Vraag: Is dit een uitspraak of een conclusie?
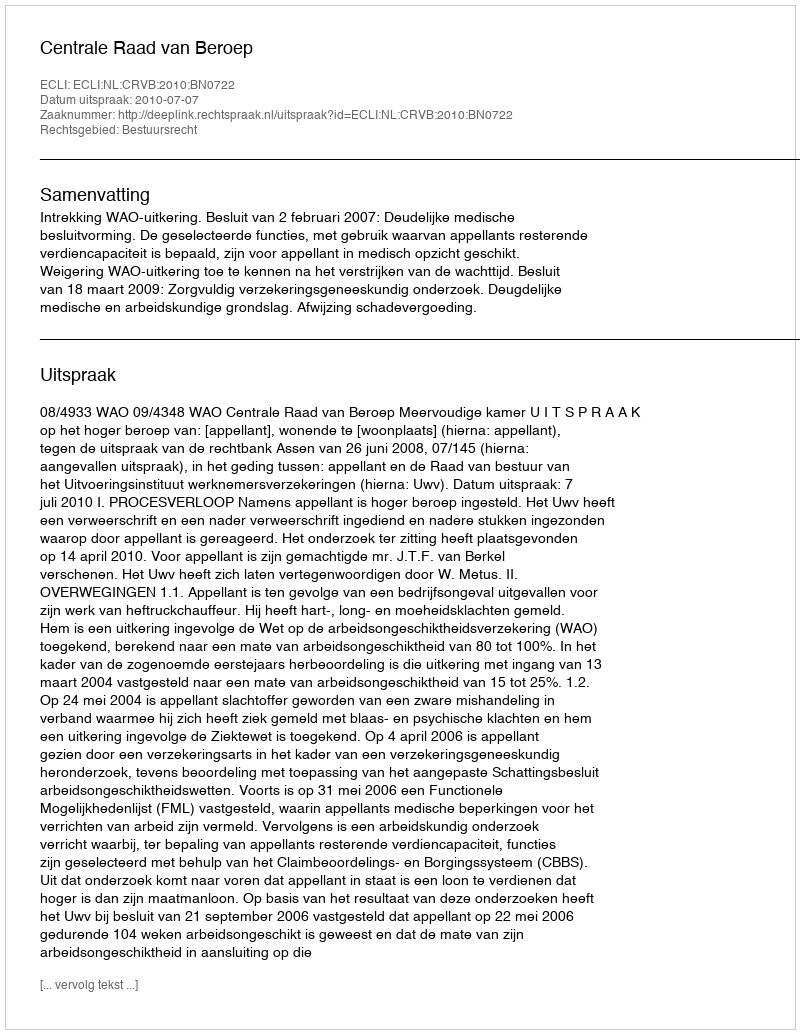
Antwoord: Uitspraak